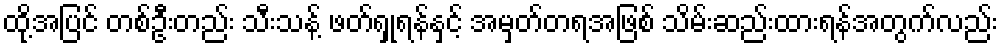
ထို့အပြင် တစ်ဦးတည်း သီးသန့် ဖတ်ရှုရန်နှင့် အမှတ်တရအဖြစ် သိမ်းဆည်းထားရန်အတွက်လည်း